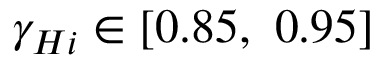
{ { \gamma } _ { H i } } \in \left[ 0 . 8 5 , \ 0 . 9 5 \right]